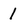
Character: 1